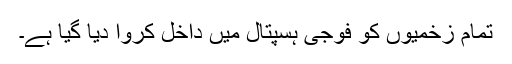
تمام زخمیوں کو فوجی ہسپتال میں داخل کروا دیا گیا ہے۔